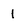
Character: 1